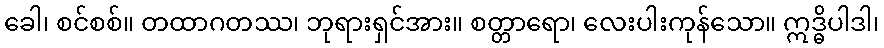
ခေါ၊ စင်စစ်။ တထာဂတဿ၊ ဘုရားရှင်အား။ စတ္တာရော၊ လေးပါးကုန်သော။ ဣဒ္ဓိပါဒါ၊